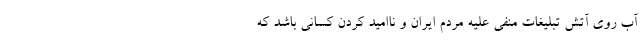
آب روی آتش تبلیغات منفی علیه مردم ایران و ناامید کردن کسانی باشد که